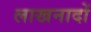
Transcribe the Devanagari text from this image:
लाखनादों